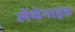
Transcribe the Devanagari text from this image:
लेंथेनाइड